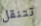
تتنقل